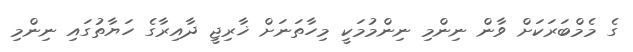
ގެ މެމްބަރަކަށް ވާން ނިންމި ނިންމުމަކީ މިހާތަނަށް ޚާރިޖީ ދާއިރާގެ ހަޔާތުގައި ނިންމި